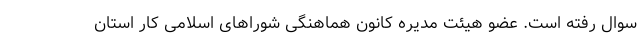
سوال رفته است. عضو هیئت مدیره کانون هماهنگی شوراهای اسلامی کار استان